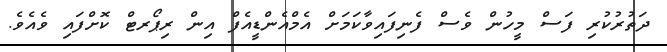
ދަތުރުކުރި ފަސް މީހުން ވެސް ފެނިފައިވާކަމަށް އެމްއެންޑީއެފް އިން ރިޕޯރޓް ކޮށްފައި ވެއެވެ.